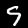
Label: 9